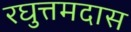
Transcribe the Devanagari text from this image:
रघुत्तमदास